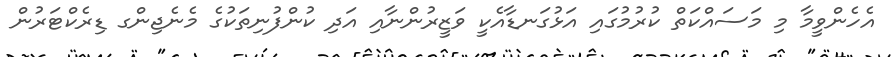
އެހެންވީމާ މި މަސައްކަތް ކުރުމުގައި އަޅުގަނޑާއެކީ ވަޒީރުންނާއި އަދި ކުންފުނިތަކުގެ މެނެޖިންގ ޑިރެކްޓަރުން